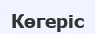
Көгеріс